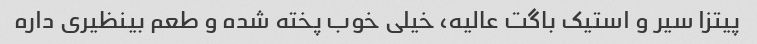
پیتزا سیر و استیک باگت عالیه، خیلی خوب پخته شده و طعم بینظیری داره